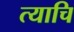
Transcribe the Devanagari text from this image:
त्याचि